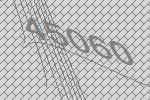
45060